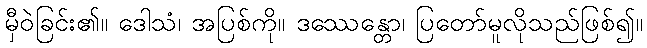
မှီဝဲခြင်း၏။ ဒေါသံ၊ အပြစ်ကို။ ဒဿေန္တော၊ ပြတော်မူလိုသည်ဖြစ်၍။